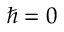
\hbar = 0